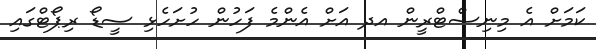
ކަމަށް އެ މިނިސްޓްރީން އދ އަށް އެންމެ ފަހުން ހުށަހެޅި ސީޑޯ ރިޕޯޓްގައި